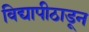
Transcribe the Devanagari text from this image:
विद्यापीठाडून